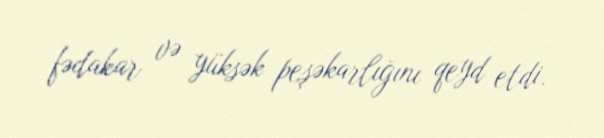
fədakar və yüksək peşəkarlığını qeyd etdi.